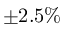
\pm 2 . 5 \%